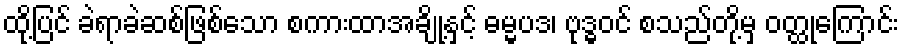
ထို့ပြင် ခဲရာခဲဆစ်ဖြစ်သော စကားထာအချို့နှင့် ဓမ္မပဒ၊ ဗုဒ္ဓဝင် စသည်တို့မှ ဝတ္ထုကြောင်း